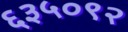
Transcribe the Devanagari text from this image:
६३५०९२